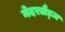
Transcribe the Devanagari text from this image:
नेदरलैंड्ज़